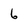
Character: 6